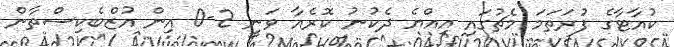
ކުއާޓާގެ ފުރަތަމަ މެޗުގައި އިއްޔެ ދެކުނު ކޮރެއާ ވަނީ 2-0 އިން އުޒްބެކިސްތާން